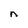
Character: n